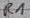
Text: R1